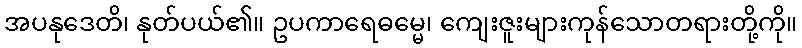
အပနုဒေတိ၊ နုတ်ပယ်၏။ ဥပကာရေဓမ္မေ၊ ကျေးဇူးများကုန်သောတရားတို့ကို။